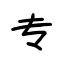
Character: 专